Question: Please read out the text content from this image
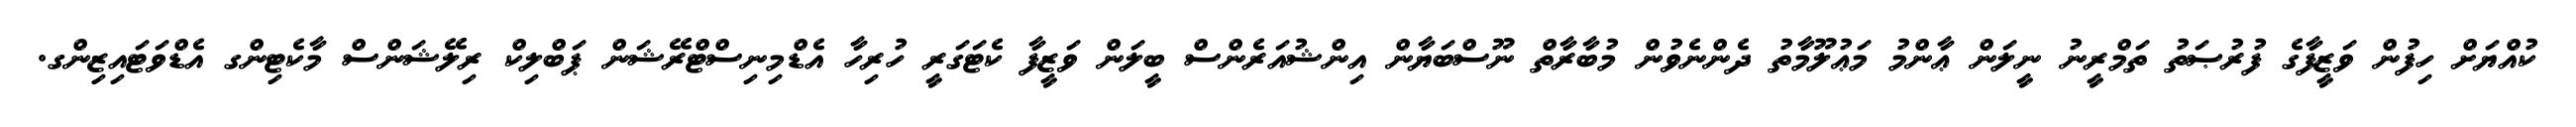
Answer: ކުއްޔަށް ހިފުން ވަޒީފާގެ ފުރުޞަތު ތަމްރީނު ނީލަން ޢާންމު މަޢުލޫމާތު ދެންނެވުން މުބާރާތް ނޫސްބަޔާން އިންޝުއަރެންސް ބީލަން ވަޒީފާ ކެޓަގަރީ ހުރިހާ އެޑްމިނިސްޓްރޭޝަން ޕަބްލިކް ރިލޭޝަންސް މާކެޓިންގ އެޑްވަޓައިޒިންގ.